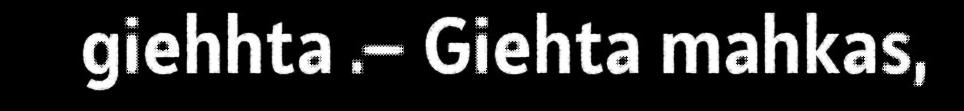
giehhta .– Giehta mahkas,